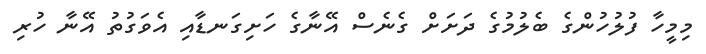
މިމީހާ ފުލުހުންގެ ބެލުމުގެ ދަށަށް ގެނެސް އޭނާގެ ހަށިގަނޑާއި އެވަގުތު އޭނާ ހުރި